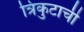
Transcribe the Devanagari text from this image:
त्रिकुटाची